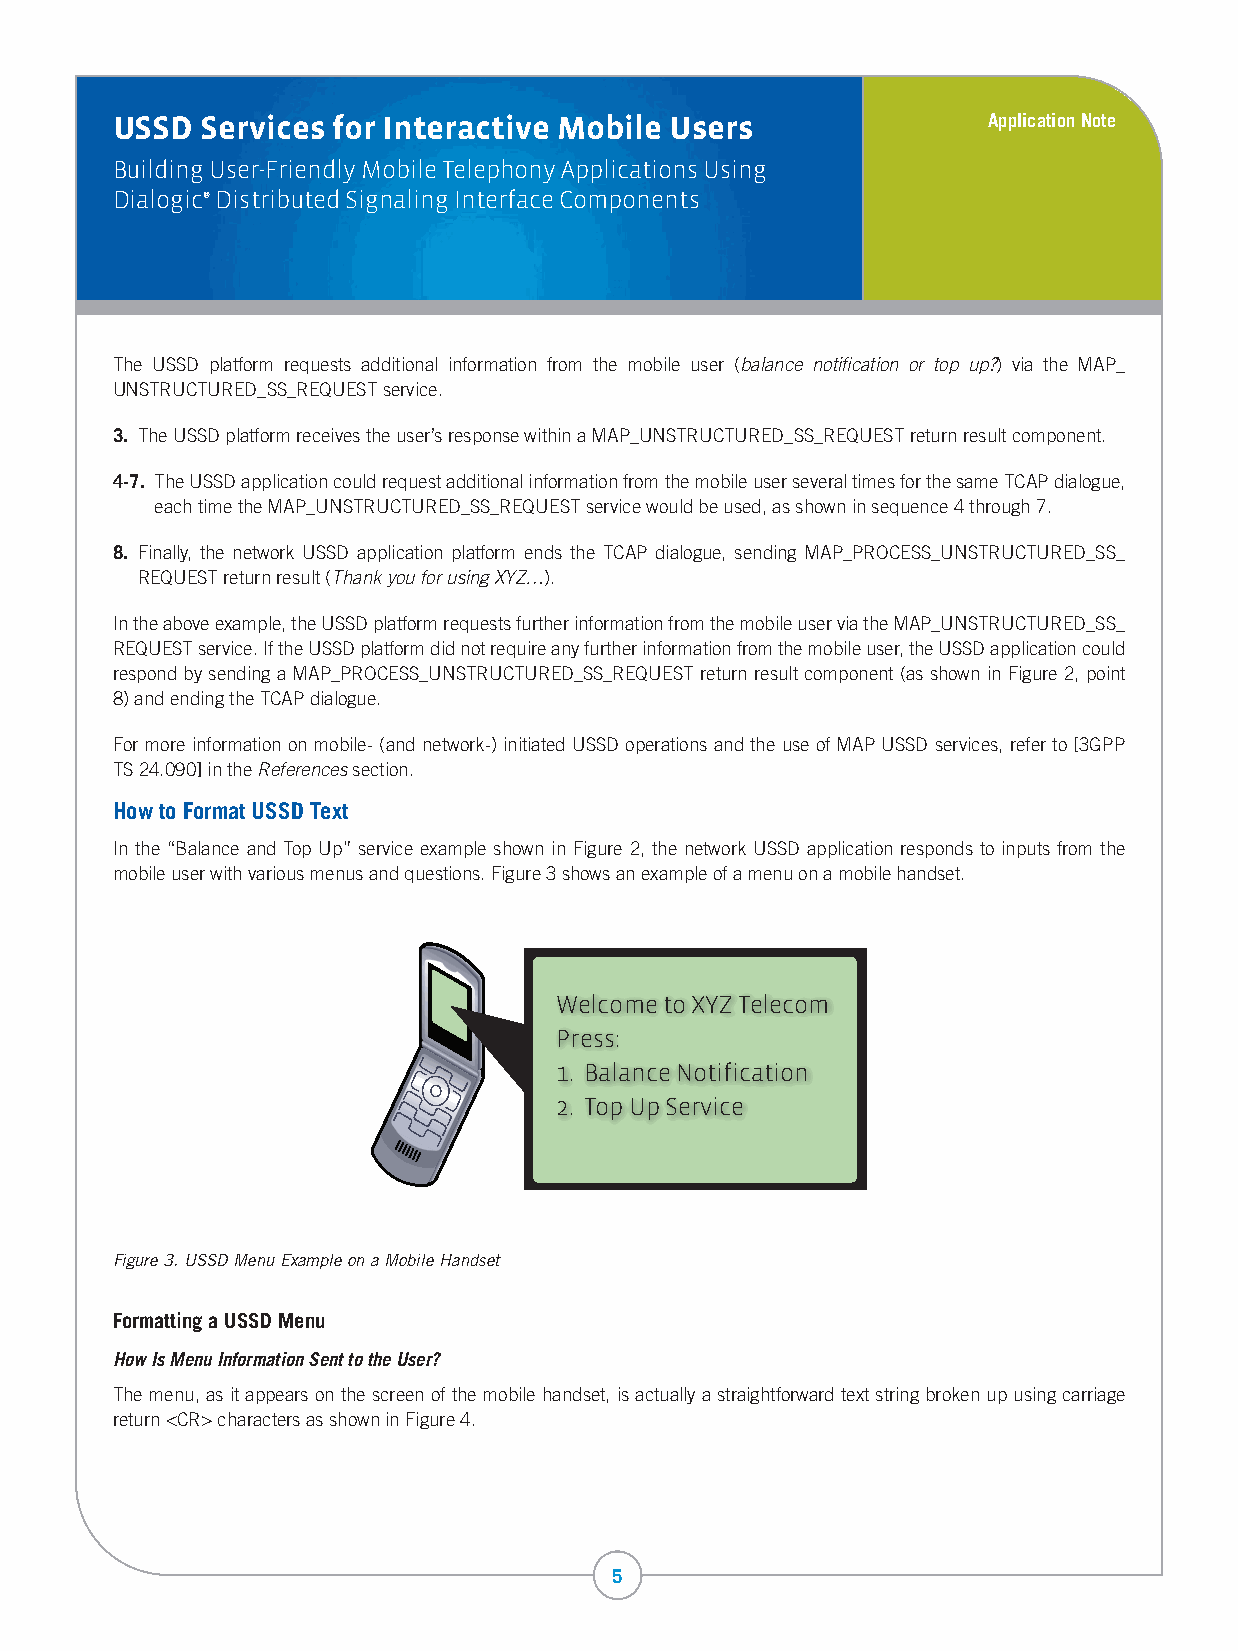
USSD  Services for Interactive Mobile Users               Application Note
 Building User-Friendly Mobile Telephony Applications Using
 Dialogic® Distributed Signaling Interface Components
 The USSD platform requests additional information from the mobile user (balance notification or top up?) via the MAP_
 UNSTRUCTURED_SS_REQUEST service.
 3. The USSD platform receives the user’s response within a MAP_UNSTRUCTURED_SS_REQUEST return result component.
 4-7. The USSD application could request additional information from the mobile user several times for the same TCAP dialogue,
 each time the MAP_UNSTRUCTURED_SS_REQUEST service would be used, as shown in sequence 4 through 7.
 8. Finally, the network USSD application platform ends the TCAP dialogue, sending MAP_PROCESS_UNSTRUCTURED_SS_
 REQUEST return result (Thank you for using XYZ…).
 In the above example, the USSD platform requests further information from the mobile user via the MAP_UNSTRUCTURED_SS_
 REQUEST service. If the USSD platform did not require any further information from the mobile user, the USSD application could
 respond by sending a MAP_PROCESS_UNSTRUCTURED_SS_REQUEST return result component (as shown in Figure 2, point
 8) and ending the TCAP dialogue.
 For more information on mobile- (and network-) initiated USSD operations and the use of MAP USSD services, refer to [3GPP
 TS 24.090] in the References section.
 How to Format USSD Text
 In the “Balance and Top Up” service example shown in Figure 2, the network USSD application responds to inputs from the
 mobile user with various menus and questions. Figure 3 shows an example of a menu on a mobile handset.
 Welcome to XYZ Telecom
 Press:
 1. Balance Notification
 2. Top Up Service
 Figure 3. USSD Menu Example on a Mobile Handset
 Formatting a USSD Menu
 How Is Menu Information Sent to the User?
 The menu, as it appears on the screen of the mobile handset, is actually a straightforward text string broken up using carriage
 return <CR> characters as shown in Figure 4.
 5